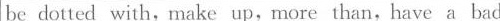
be dotted with,make up, more than, have a bad